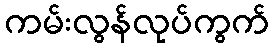
ကမ်းလွန်လုပ်ကွက်